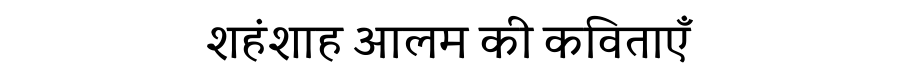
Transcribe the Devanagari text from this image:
शहंशाह आलम की कविताएँ